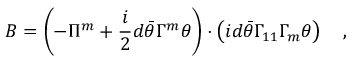
B = \left( - \Pi ^ { m } + \frac i 2 d \bar { \theta } \Gamma ^ { m } \theta \right) \cdot \left( i d \bar { \theta } \Gamma _ { 1 1 } \Gamma _ { m } \theta \right) \quad ,